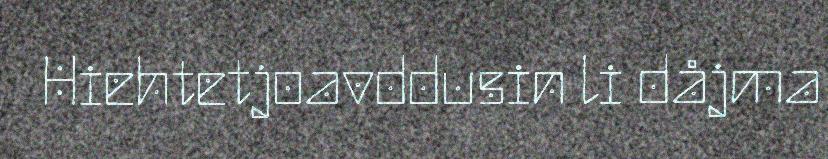
Hiehtetjoavddusin li dåjma